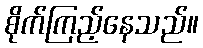
စိုက်ကြည့်နေသည်။